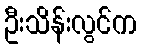
ဦးသိန်းလွင်က